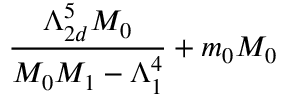
\frac { \Lambda _ { 2 d } ^ { 5 } M _ { 0 } } { M _ { 0 } M _ { 1 } - \Lambda _ { 1 } ^ { 4 } } + m _ { 0 } M _ { 0 }